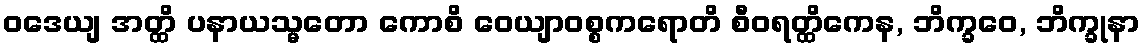
ဝဒေယျ အတ္ထိ ပနာယသ္မတော ကောစိ ဝေယျာဝစ္စကရောတိ စီဝရတ္ထိကေန, ဘိက္ခဝေ, ဘိက္ခုနာ